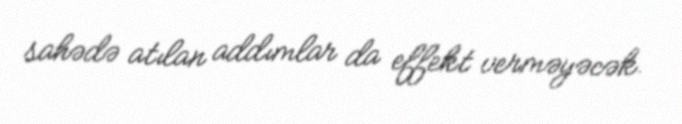
sahədə atılan addımlar da effekt verməyəcək.